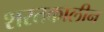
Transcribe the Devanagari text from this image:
शरतकालीन